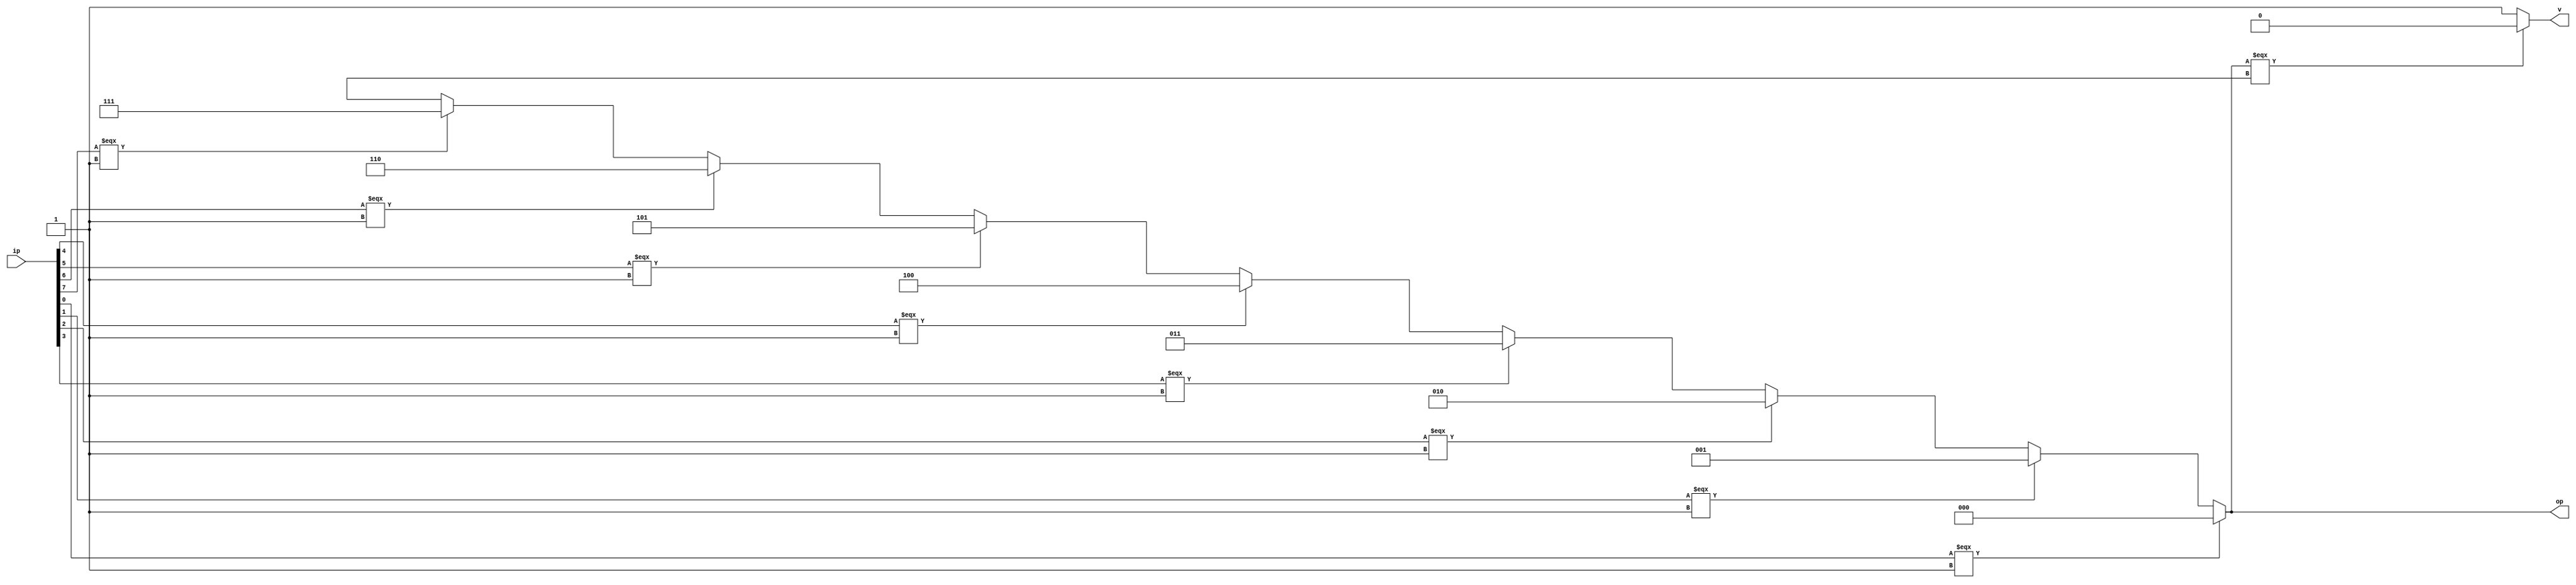
module enco_p (ip,v,op);
output [2:0] op;
input [7:0] ip;
output v;
wire [2:0] t1;
assign t1=(ip[0]===1)? 0:
(ip[1]===1)? 1:
(ip[2]===1)? 2:
(ip[3]===1) ? 3:
(ip[4]===1) ? 4:
(ip[5]===1) ? 5:
(ip[6]===1)? 6:
(ip[7]===1)? 7:3'bx;
assign op=t1;
assign v=(t1===3'bx)?0:1;
endmodule